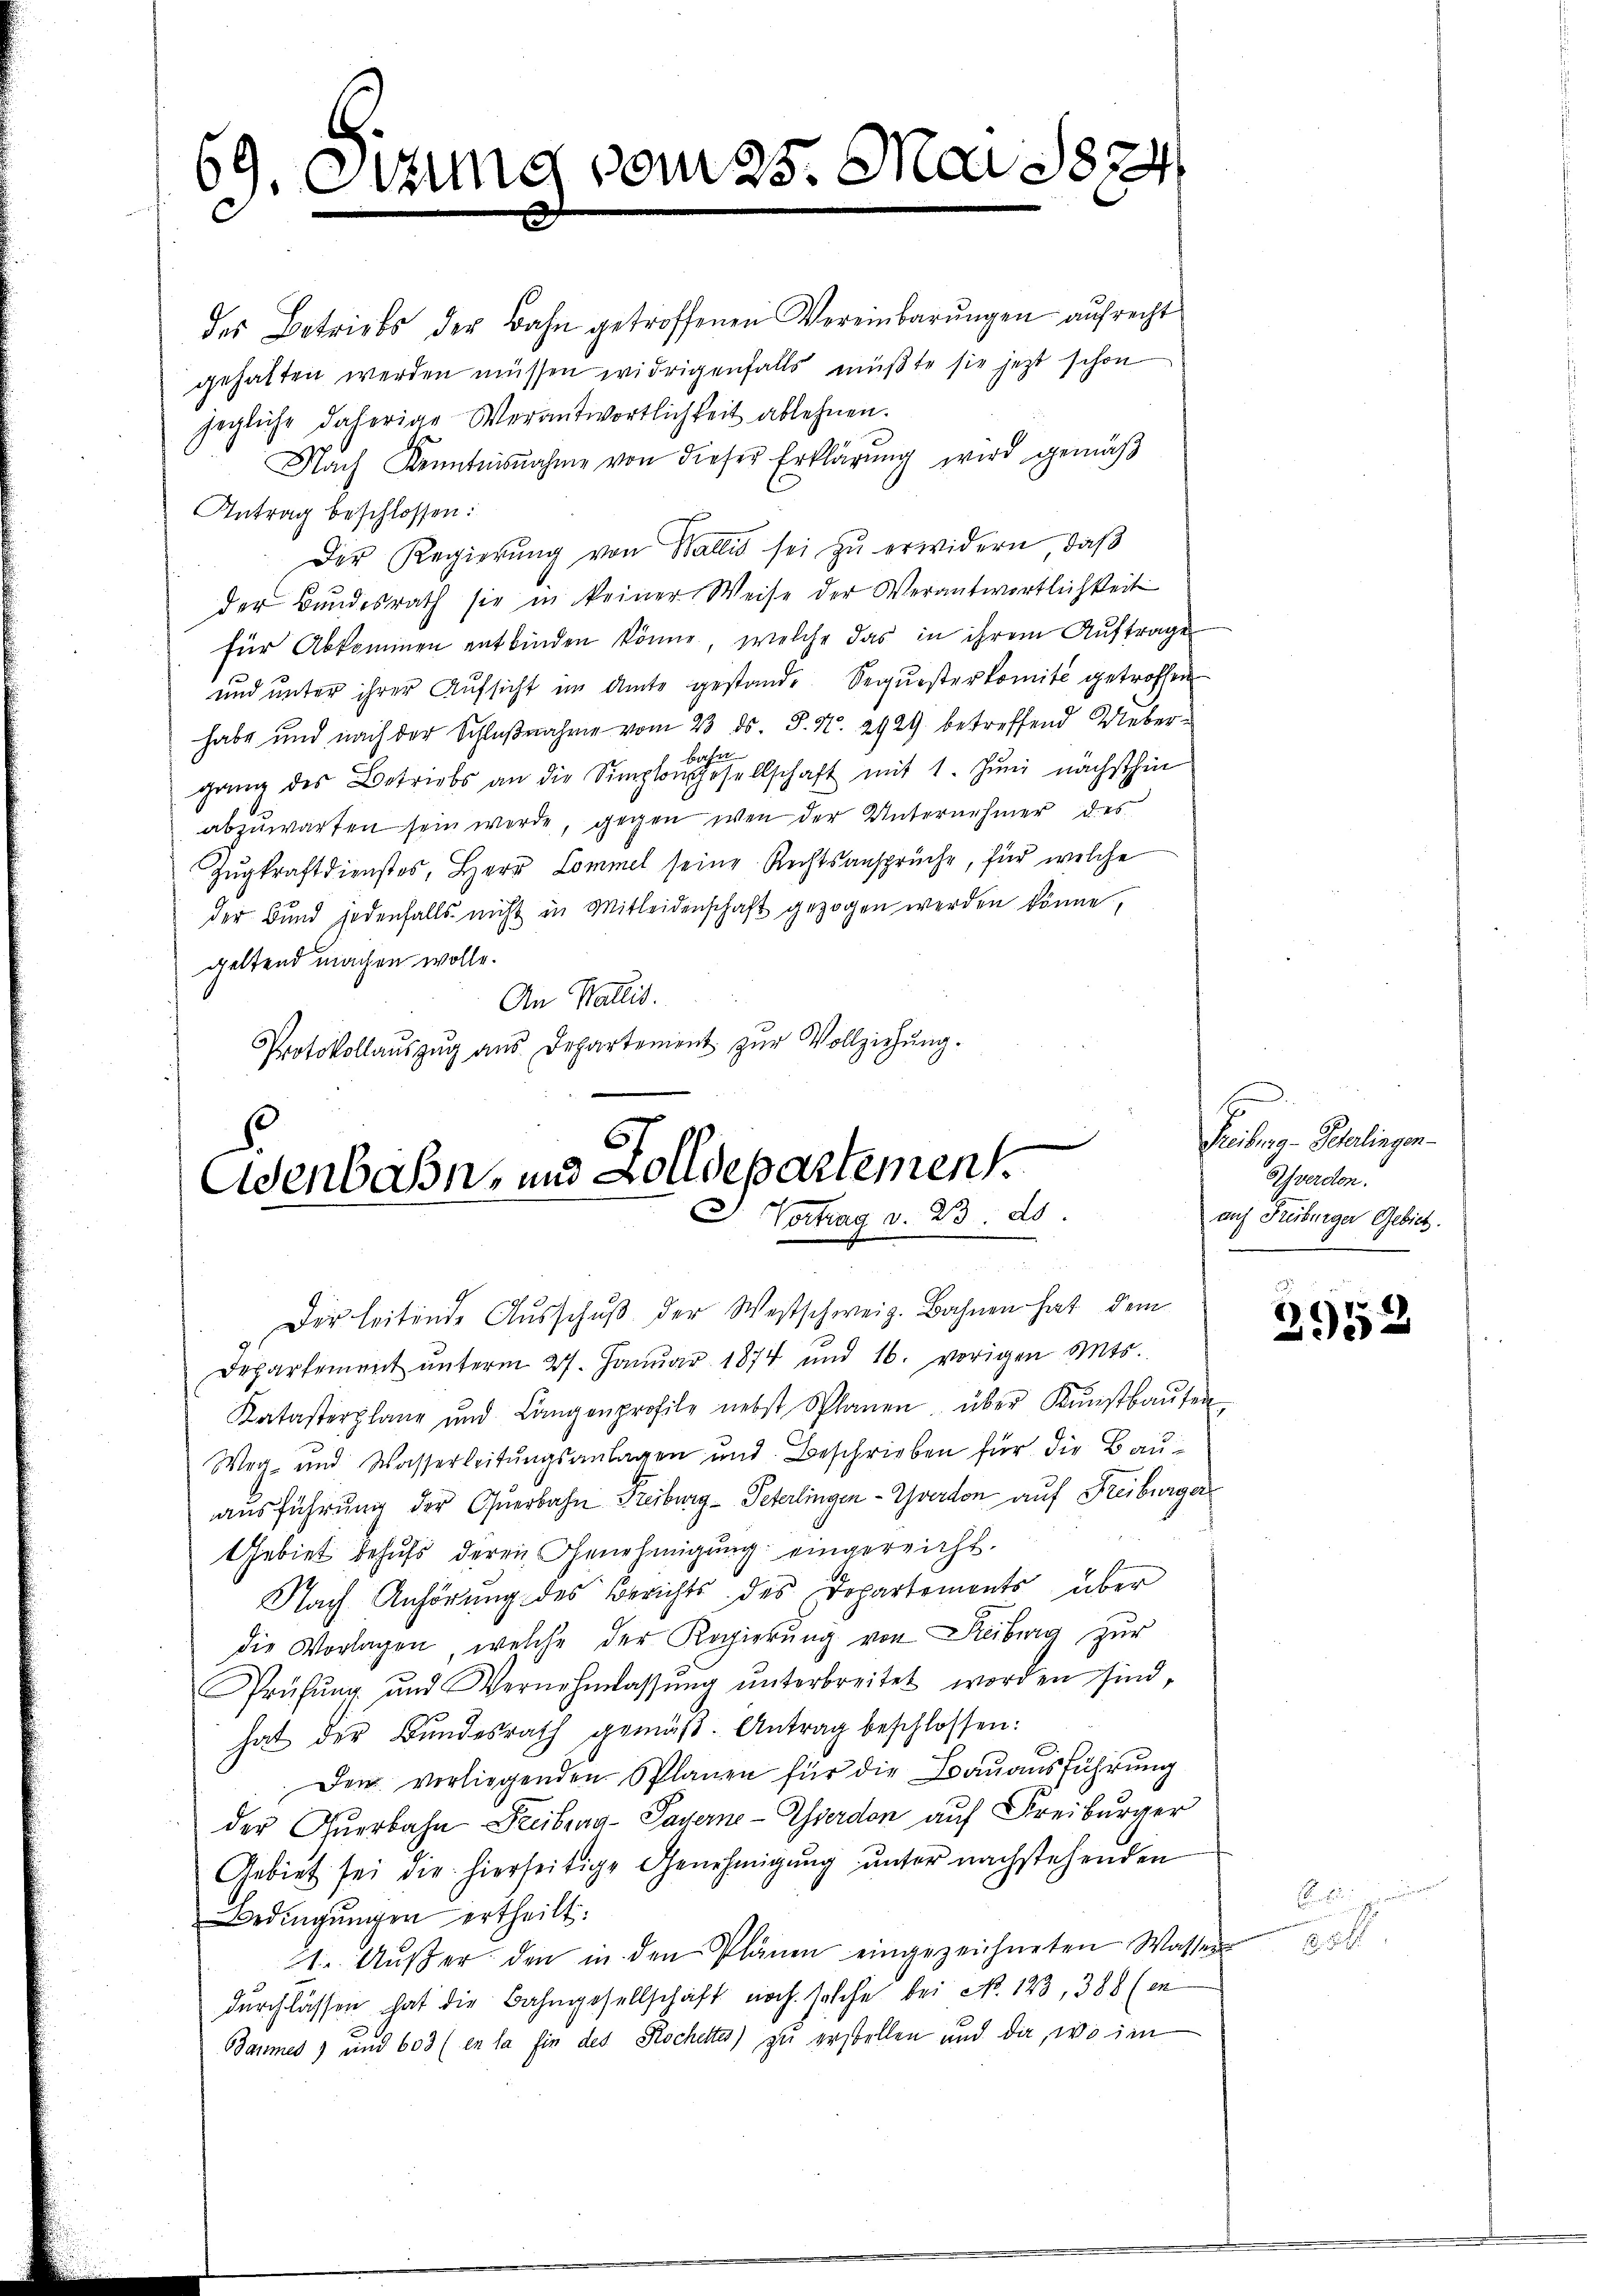
39. Ottung vom 25. Mai 1874

des Betriebs der Bahn getroffenen Vereinbarŭngen aufrecht
gehalten werden müssen widrigenfalls müßte sie jetzt schon
jegliche daherige Verantwortlichkeit ablehnen.
Nach Kenntnisnahme von dieser Erklärŭng wird gemäβ
Antrag beschlossen:
Der Regierŭng von Wallis sei zŭ erwidern, daβ
der Bundesrath sie in keiner Weise der Verantwortlichkeit
für Abkommen entbinden könne, welche das in ihrem Auftrage
und unter ihrer Aufsicht im Amts gestande Sequesterkomite getroffen
habe und nach der Schlußnahme vom 23. ds. S. N. 2929 betreffend Ueberganz des Betriebs an die Simplon gesellschaft mit 1. Juni nächsthin
abzuwarfen sein werde, gegen wen der Unternehmer des
Zugkraftdienstes, Herr Commel seine Rechtsansprüche, für welche
der Bund jedenfalls nicht in Mitleidenschaft gezogen werden könne,
geltend machen wolle.
An Wallis.
Protokollaŭszŭg aŭs Departement zŭr Vollziehŭng.

Eisenbahn- und Zolldepartement
Vortrag v. 23. 20.
i
Dir leitende Aŭsschŭβ der Westschweig. Bahnen hat dem

Departement ŭnterm 27. Janŭar 1874 und 16. vorigen Mts.
Katasterplane und Langenprofile nebst Planen über Kunstbaŭten
Weg- und Wasserleitungsanlagen und Beschrieben für die Bauausführung der Querbahn Freiburg - Peterlingen - Yverdon auf Freiburger
Gebiet behufs deren Genehmigung eingereicht.
Nach Anhörung des Berichts des Departemonts über
die Vorlagen, welche der Regierŭng von Reiburg zur
Prüfŭng und Vernehmlassŭng ŭnterbreitet worden sind,
hat der Bŭndesrath gemäβ. Antrag beschlossen:
Dem vorliegenden Splanen für die Bauausführung
der Querbahn Freiburg - Payerne-Zierdon auf Freiburger
Gebiet sei die hierseitige Genehmigung unter nachstehenden
Bedingŭngen ertheilt:
1. Aŭβer den in den Plänen eingezeichneten Wasser
durchlassen hat die Bahngesellschaft noch solche bei No. 123, 388 (in
Baumes) und 603 (en la fin des Rochettes) zu erstellen und da, wo im

E
Freiburg - Peterlingen.
Averson.
auf Freiburger Gebiet.
6

)
295

.